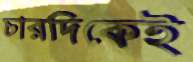
চারদিকেই